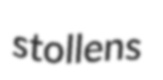
stollens